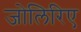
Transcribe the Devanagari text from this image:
जोलिरिए